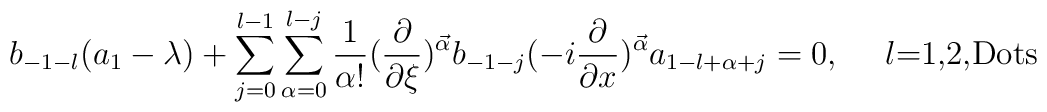
b_{-1-l}(a_1-\lambda)+\sum_{j=0}^{l-1}\sum_{\alpha=0}^{l-j}\frac{1}{\alpha !}(\frac{\partial}{\partial\xi})^{\vec{\alpha}}b_{-1-j}(-i\frac{\partial}{\partial x})^{\vec{\alpha}}a_{1-l+\alpha+j}=0, \mbox{~~~~$l$=1,2,{\cal{D}}ots}